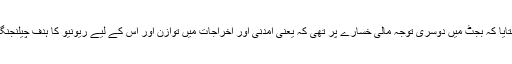
انہوں نے بتایا کہ بجٹ میں دوسری توجہ مالی خسارے پر تھی کہ یعنی آمدنی اور اخراجات میں توازن اور اس کے لیے ریونیو کا ہدف چیلنجنگ بنایا ہے۔